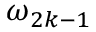
\omega _ { 2 k - 1 }